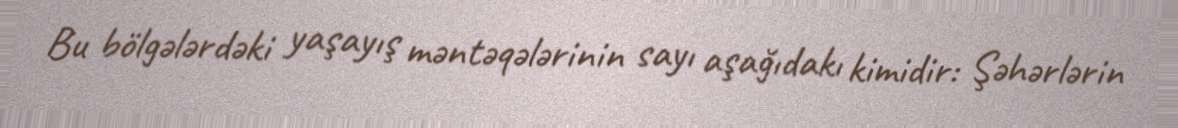
Bu bölgələrdəki yaşayış məntəqələrinin sayı aşağıdakı kimidir: Şəhərlərin